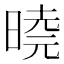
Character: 𭦩